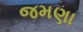
જમણા